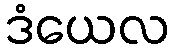
ဒံယေလ